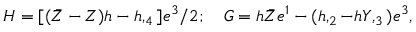
H = [ ( \bar { Z } - Z ) h - h , _ { 4 } ] e ^ { 3 } / 2 ; \quad G = h \bar { Z } e ^ { 1 } - ( h , _ { 2 } - h Y , _ { 3 } ) e ^ { 3 } ,